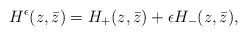
\begin{align*}H^\epsilon (z,\bar{z})=H_+(z,\bar{z})+\epsilon H_-(z,\bar{z}),\end{align*}